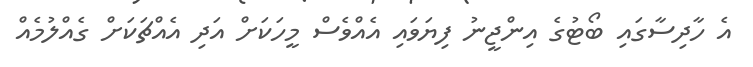
އެ ހާދިސާގައި ބޯޓުގެ އިންޖީނު ފިޔަވައި އެއްވެސް މީހަކަށް އަދި އެއްޗަކަށް ގެއްލުމެއް